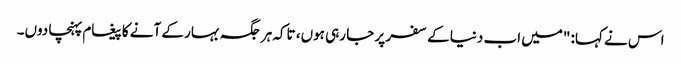
اس نے کہا: "میں اب دنیا کے سفر پر جا رہی ہوں، تاکہ ہر جگہ بہار کے آنے کا پیغام پہنچا دوں۔